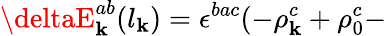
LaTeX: \deltaE_{\mathbf{k}}^{ab}(l_{\mathbf{k}})=\epsilon^{bac}(-\rho_{\mathbf{k}}^{c}+\rho_{0}^{c}-